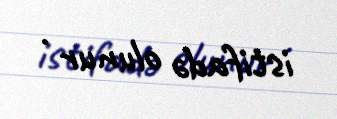
istifadə olunur .